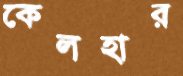
কেলহার